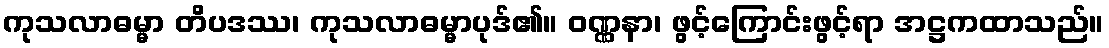
ကုသလာဓမ္မာ တိပဒဿ၊ ကုသလာဓမ္မာပုဒ်၏။ ဝဏ္ဏနာ၊ ဖွင့်ကြောင်းဖွင့်ရာ အဋ္ဌကထာသည်။